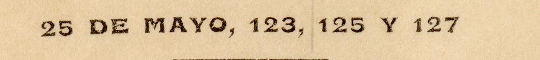
25 DE MAYO, 123, 125 Y 127